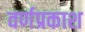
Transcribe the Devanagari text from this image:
वर्णप्रकाश